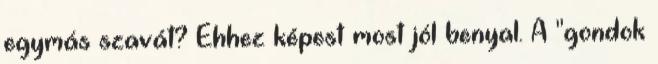
egymás szavát? Ehhez képest most jól benyal. A "gondok